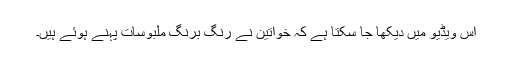
اس ویڈیو میں دیکھا جا سکتا ہے کہ خواتین نے رنگ برنگ ملبوسات پہنے ہوئے ہیں۔